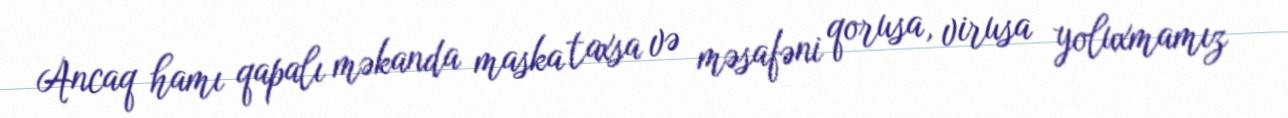
Ancaq hamı qapalı məkanda maska taxsa və məsafəni qorusa, virusa yoluxmamız